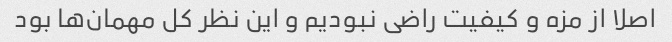
اصلا از مزه و کیفیت راضی نبودیم و این نظر کل مهمان‌ها بود